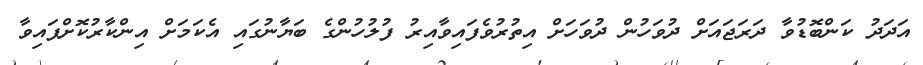
އަދަދު ކަންބޮޑުވާ ދަރަޖައަށް ދުވަހުން ދުވަހަށް އިތުރުވެފައިވާއިރު ފުލުހުންގެ ބަޔާނުގައި އެކަމަށް އިންކާރުކޮށްފައިވާ